Insane asylums Bombay 1873-77 - 1873-1877
Year: 1873
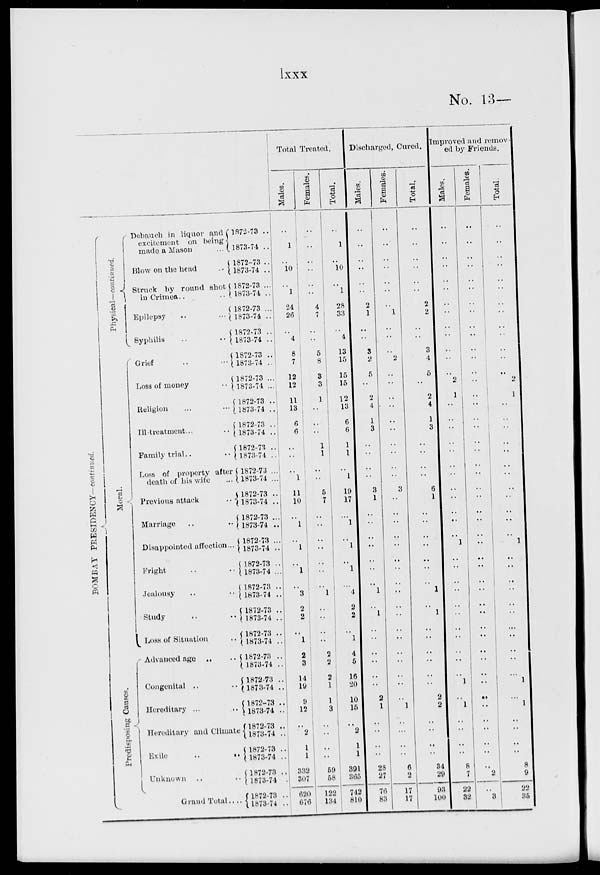
lxxx
No. 13—
BOMBAY PRESIDENCY- continued.
Physical-continued.
Moral
Predisposing Causes.
Debauch in liquor and
excitement on being
made a Mason ..
Blow on the head ..
Struck by round shot
in Crimea .. ..
Epilepsy .. ..
Syphilis .. ..
Grief .. ..
Loss of money .. ..
Religion .. ..
Ill - treatment .. ..
Family trial .. ..
Loss of property after
death of his wife ..
Previous attack ..
Marriage .. ..
Disappointed affection ..
Fright .. ..
Jealousy .. ..
Study .. ..
Loss of Situation ..
Advanced age .. ..
Congenital .. ..
Hereditary .. ..
Hereditary and Climate
Exile
..
..
Unknown .. ..
Grand Total .. ..
1872-73 ..
1873-74 ..
1872-73 ..
1873-74 ..
1872-73 ..
1873-74 ..
1872-73 ..
1873-74 ..
1872-73 ..
1873-74 ..
1872-73 ..
1873-74 ..
1872-73 ..
1873-74 ..
1872-73 ..
1873-74 ..
1872-73 ..
1873-74 ..
1872-73 ..
1873-74 ..
1872-73 ..
1873-74 ..
1872-73 ..
1873-74 ..
1872-73 ..
1873-74 ..
1872-73 ..
1873-74 ..
1872-73 ..
1873-74 ..
1872-73 ..
1873-74 ..
1872-73 ..
1873-74 ..
1872-73 ..
1873-74 ..
1872-73 ..
1873-74 ..
1872-73 ..
1873-74 ..
1872-73 ..
1873-74 ..
1872-73 ..
1873-74 ..
1872-73 ..
1873-74 ..
1872-73 ..
1873-74 ..
1872-73 ..
1873-74 ..
Total Treated.
Males.
..
1
..
10
..
1
24
26
..
4
8
7
12
12
11
13
6
6
..
..
..
1
11
10
..
1
..
1
..
1
..
3
2
2
..
1
2
3
14
19
9
12
..
2
1
1
332
307
620
676
Females.
..
..
..
..
..
..
4
7
..
..
5
8
3
3
1
..
..
..
1
1
..
..
5
7
..
..
..
..
..
..
..
1
..
..
..
..
2
2
2
1
1
3
..
..
..
..
59
58
122
134
Total.
..
1
..
10
..
1
28
33
..
4
13
15
15
15
12
13
6
6
1
1
..
1
19
17
..
1
..
1
..
1
..
4
2
2
..
1
4
5
16
20
10
15
..
2
1
1
391
365
742
810
Discharged, Cured.
Males.
..
..
..
..
..
..
2
1
..
..
3
2
5
..
2
4
1
3
..
..
..
..
3
1
..
..
..
..
..
..
..
1
..
1
..
..
..
..
..
..
2
1
..
..
..
..
28
27
76
83
Females.
..
..
..
..
..
..
..
1
..
..
..
2
..
..
..
..
..
..
..
..
..
..
3
..
..
..
..
..
..
..
..
..
..
..
..
..
..
..
..
..
..
1
..
..
..
..
6
2
17
17
Total.
..
..
..
..
..
..
2
2
..
..
3
4
5
..
2
4
1
3
..
..
..
..
6
1
..
..
..
..
..
..
..
1
..
1
..
..
..
..
..
..
2
2
..
..
..
..
34
29
93
100
Improved and remov-
ed by Friends.
Males.
..
..
..
..
..
..
..
..
..
..
..
..
..
2
1
..
..
..
..
..
..
..
..
..
..
..
..
1
..
..
..
..
..
..
..
..
..
..
..
1
..
1
..
..
..
..
8
7
22
32
Females.
..
..
..
..
..
..
..
..
..
..
..
..
..
..
..
..
..
..
..
..
..
..
..
..
..
..
..
..
..
..
..
..
..
..
..
..
..
..
..
..
..
..
..
..
..
..
..
2
..
3
Total.
..
..
..
..
..
..
..
..
..
..
..
..
..
2
1
..
..
..
..
..
..
..
..
..
..
..
..
1
..
..
..
..
..
..
..
..
..
..
..
1
..
1
..
..
..
..
8
9
22
35